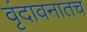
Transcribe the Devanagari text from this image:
वृंदावनातच